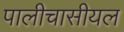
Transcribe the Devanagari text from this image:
पालीचासीयल